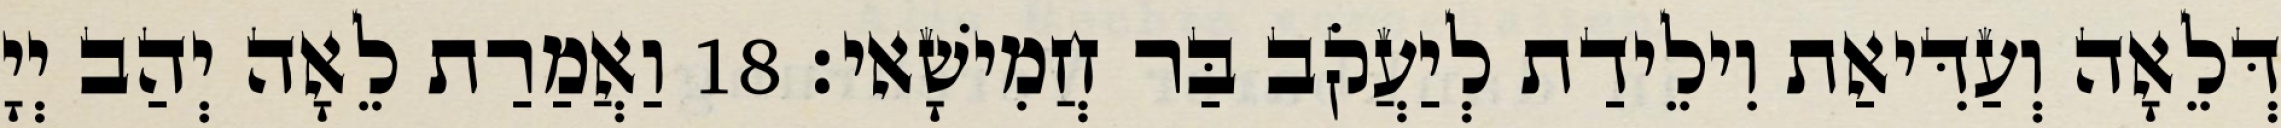
דְּלֵאָה וְעַדִּיאַת וִילֵידַת לְיַעֲקֹב בַּר חֲמִישָׁאי׃ 18 וַאֲמַרַת לֵאָה יְהַב יְיָ